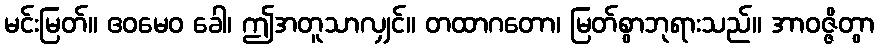
မင်းမြတ်။ ဧဝမေဝ ခေါ၊ ဤအတူသာလျှင်။ တထာဂတော၊ မြတ်စွာဘုရားသည်။ အာဝဇ္ဇိတွာ